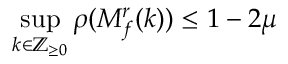
\operatorname* { s u p } _ { k \in \mathbb { Z } _ { \geq 0 } } \rho ( M _ { f } ^ { r } ( k ) ) \leq 1 - 2 \mu